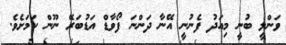
ވަންލީ ބުނީ މިއަދު ފެނުނީ އޭނާ ދަންނަ ފޯވާޑް އަޑުބަރޭ ނޫން ކަމަށެވެ.